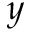
y